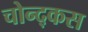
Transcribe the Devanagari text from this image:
चोन्द्कस